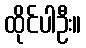
ထိုင်ပါဦး။